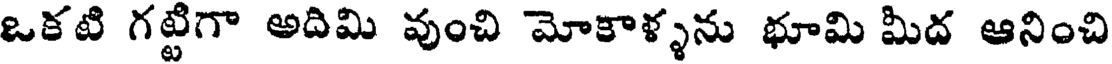
ఒకటి గట్టిగా అదిమి వుంచి మోకాళ్ళను భూమి మీద ఆనించి